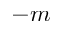
- m